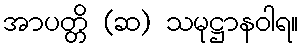
အာပတ္တိ (ဆ) သမုဋ္ဌာနဝါရ။